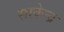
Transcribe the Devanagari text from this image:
साकेन्द्र